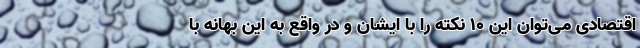
اقتصادی می‌توان این 10 نکته را با ایشان و در واقع به این بهانه با